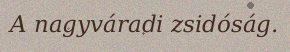
A nagyváradi zsidóság.